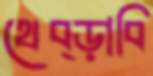
থেব্‌ড়াবি